Annual report of the Punjab Veterinary College and of the Civil Veterinary Department, Punjab - 1894-1908
Year: 1894
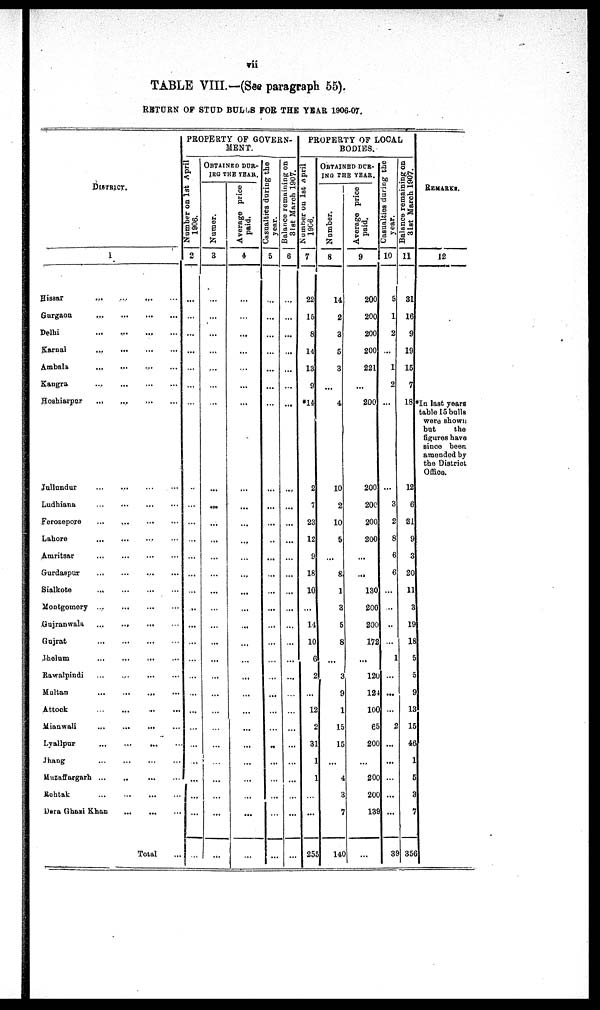
vii
TABLE VIII.—(See paragraph 55).
RETURN OF STUD BULLS FOR THE YEAR 1906-07.
DISTRICT.
1
Hissar
...
...
...
...
Gurgaon
...
...
...
...
Delhi
...
...
...
...
Karnal
... ... ... ... ...
Ambala
...
...
...
...
Kangra
...
...
...
...
Hoshisrpur
...
...
...
...
Jullundur
...
...
...
...
Ludhiana ... ... ...
Ferozepore
...
...
...
...
Lahore
...
...
...
...
Amritsar
...
...
...
...
Gurdaspur
...
...
...
...
Sialkote
...
...
...
...
Montgomery ...
... ... ...
Gujranwala
...
...
...
...
...
Gujrat
...
...
...
...
Jhelum ... ... ... ...
Rawalpindi
...
...
...
...
Multan
...
...
.
Attock
...
...
...
...
...
Mianwali
...
...
...
Lyallpur
...
...
...
...
...
Jhang ... ... ...
Muzaffargarh ... ... ... ...
Rohtak
...
...
...
...
Dera Ghazi Khan ... ... ... ... ...
Total ...
PROPERTY OF GOVERN-
MENT.
Number on 1st April
1906.
2
...
...
...
...
...
...
...
...
...
...
...
...
...
...
...
...
...
...
...
...
...
...
...
...
...
OBTAIN
DUR-
ING THE YEAR.
Numer.
3
...
...
...
...
...
...
...
...
...
...
...
...
...
...
...
...
...
...
...
...
...
...
...
...
...
...
Average price
paid,
4
...
...
...
...
...
...
...
...
...
...
...
...
...
...
...
...
...
...
...
...
...
...
...
...
...
Casualties during the
year.
5
...
...
...
...
...
...
...
...
...
...
..
...
...
...
...
...
...
...
...
...
...
...
...
Balance remaining on 31st March 1907.
6
...
...
...
...
...
...
...
...
...
...
...
...
...
...
...
...
...
...
...
...
...
...
PROPERTY OF LOCAL
BODIES.
Number on 1st April
1906.
7
22
15
8
14
13
9
*14
2
7
23
12
9
18
10
...
14
10
6
2
...
12
2
31
1
1
...
...
255
OBTAINED DUR-
ING THE YEAR.
Number.
8
14
2
3
5
3
...
4
10
2
10
5
...
8
1
3
5
8
...
3
9
1
15
15
...
4
3
7
140
Average price
paid.
9
200
200
200
200
221
...
200
200
200
200
200
...
...
130
200
200
172
...
120
121
100
65
200
...
200
200
139
...
Casualties during the
year.
10
5
1
2
...
1
2
...
...
3
2
8
6
6
...
...
...
...
1
...
...
...
2
...
...
...
...
...
35
Balance remaining on
31st March 1907.
11
31
16
9
19
15
7
18
12
6
31
9
3
20
11
3
19
18
5
5
9
13
15
46
1
5
3
7
356
REMARKS.
12
*In last years
table 15 bulls
were shown
but
the
figures have
since been
amended by
the District
Office.